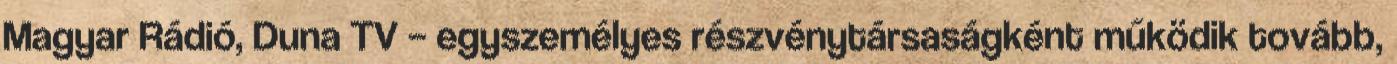
Magyar Rádió, Duna TV – egyszemélyes részvénytársaságként működik tovább,